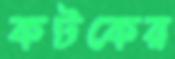
কটকের